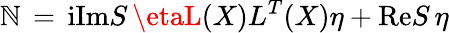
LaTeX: {\cal\mathbb{N}}\, =\, \mathrm{{i}}\mathrm{{Im}}S\, \etaL(X)L^{T}(X)\eta+\mathrm{{Re}}S\, \eta